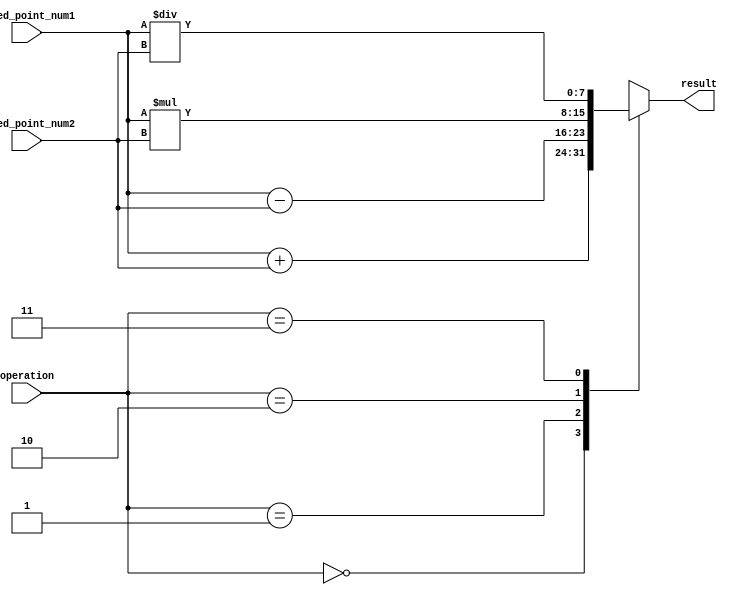
module Fixed_Point_Rounding_Unit(

    input [7:0] fixed_point_num1,
    input [7:0] fixed_point_num2,
    input [1:0] operation,
    output reg [7:0] result
);

always @(*)
begin
    case(operation)
        2'b00: result = fixed_point_num1 + fixed_point_num2; // Addition
        2'b01: result = fixed_point_num1 - fixed_point_num2; // Subtraction
        2'b10: result = fixed_point_num1 * fixed_point_num2; // Multiplication
        2'b11: result = fixed_point_num1 / fixed_point_num2; // Division
    endcase
end

endmodule